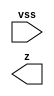
//#############################################################################
//# Function: Antenna Diode                                                   #
//# Copyright: Lambda Project Authors. All rights Reserved.                   #
//# License:  MIT (see LICENSE file in Lambda repository)                     #
//#############################################################################

module la_antenna #(
    parameter PROP = "DEFAULT"
) (
    input  vss,
    output z
);

endmodule